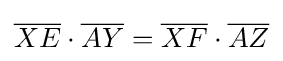
{\overline {XE}}\cdot {\overline {AY}}={\overline {XF}}\cdot {\overline {AZ}}